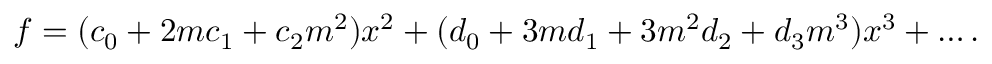
f = ( c _ { 0 } + 2 m c _ { 1 } + c _ { 2 } m ^ { 2 } ) x ^ { 2 } + ( d _ { 0 } + 3 m d _ { 1 } + 3 m ^ { 2 } d _ { 2 } + d _ { 3 } m ^ { 3 } ) x ^ { 3 } + \dots .